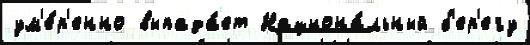
ум'е́р'енно выпада́ет Национа́льный б'ер'егу